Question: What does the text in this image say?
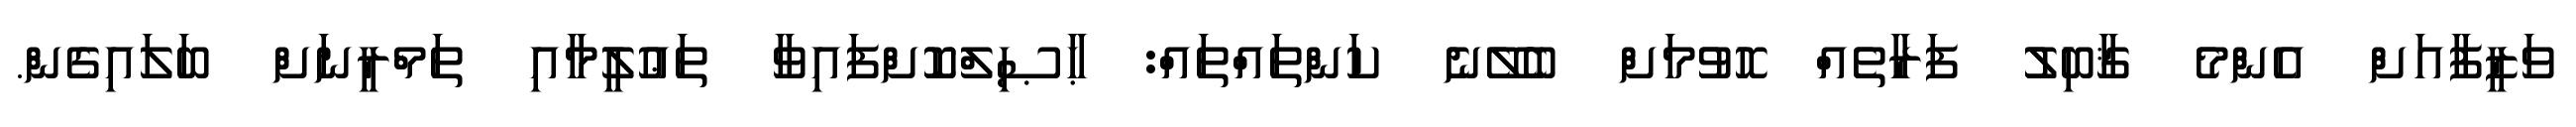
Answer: ވަޒީފާއަށް އެންމެ ޤާބިލު ފަރާތެއް ހޮވުމަށް ބެލޭނެ ކަންތައްތައް: ޙާޞިލްކޮށްފައިވާ ތަޢުލީމާއި ތަމްރީނަށް ބަލައިގެން.